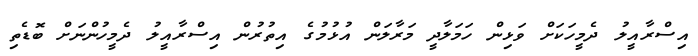
އިސްރާއީލު ދެމީހަކަށް ވަޅިން ހަމަލާދީ މަރާލަން އުޅުމުގެ އިތުރުން އިސްރާއީލު ދެމީހުންނަށް ބޮޑެތި